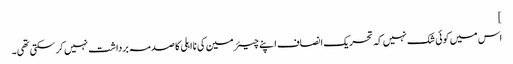
]
اس میں کوئی شک نہیں کہ تحریک انصاف اپنے چیئرمین کی نااہلی کا صدمہ برداشت نہیں کر سکتی تھی۔